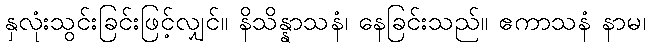
နှလုံးသွင်းခြင်းဖြင့်လျှင်။ နိသိန္နာသနံ၊ နေခြင်းသည်။ ဧကာသနံ နာမ၊